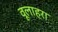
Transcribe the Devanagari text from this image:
वूलाहरा